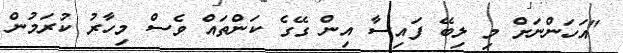
"އަހަންނަށް މި ލިބޭ ފައިސާ އިން ގޭގެ ކަންތައް ވެސް މިހާރު ކުރަމުން